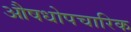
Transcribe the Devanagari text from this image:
औषधोपचारिक